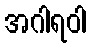
အဂါရဝါ